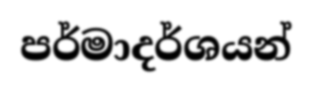
පර්මාදර්ශයන්